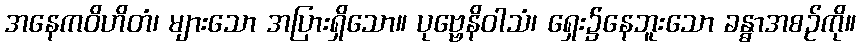
အနေကဝိဟိတံ၊ များသော အပြားရှိသော။ ပုဗ္ဗေနိဝါသံ၊ ရှေး၌နေဘူးသော ခန္ဓာအစဉ်ကို။